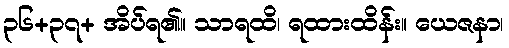
၃၆+၃၇+ အိပ်ရ၏။ သာရထိ၊ ရထားထိန်း။ ယေဇနာ၊